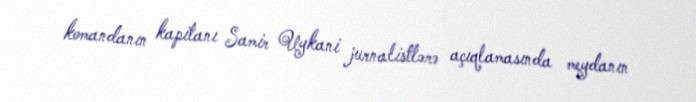
komandanın kapitanı Samir Uykani jurnalistlərə açıqlamasında meydanın